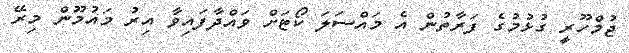
ޖުމްހޫރީ ގުޅުމުގެ ފަރާތުން އެ މައްސަލަ ކޯޓަށް ވައްދާފައިވާ އިރު މައުމޫން މިރޭ